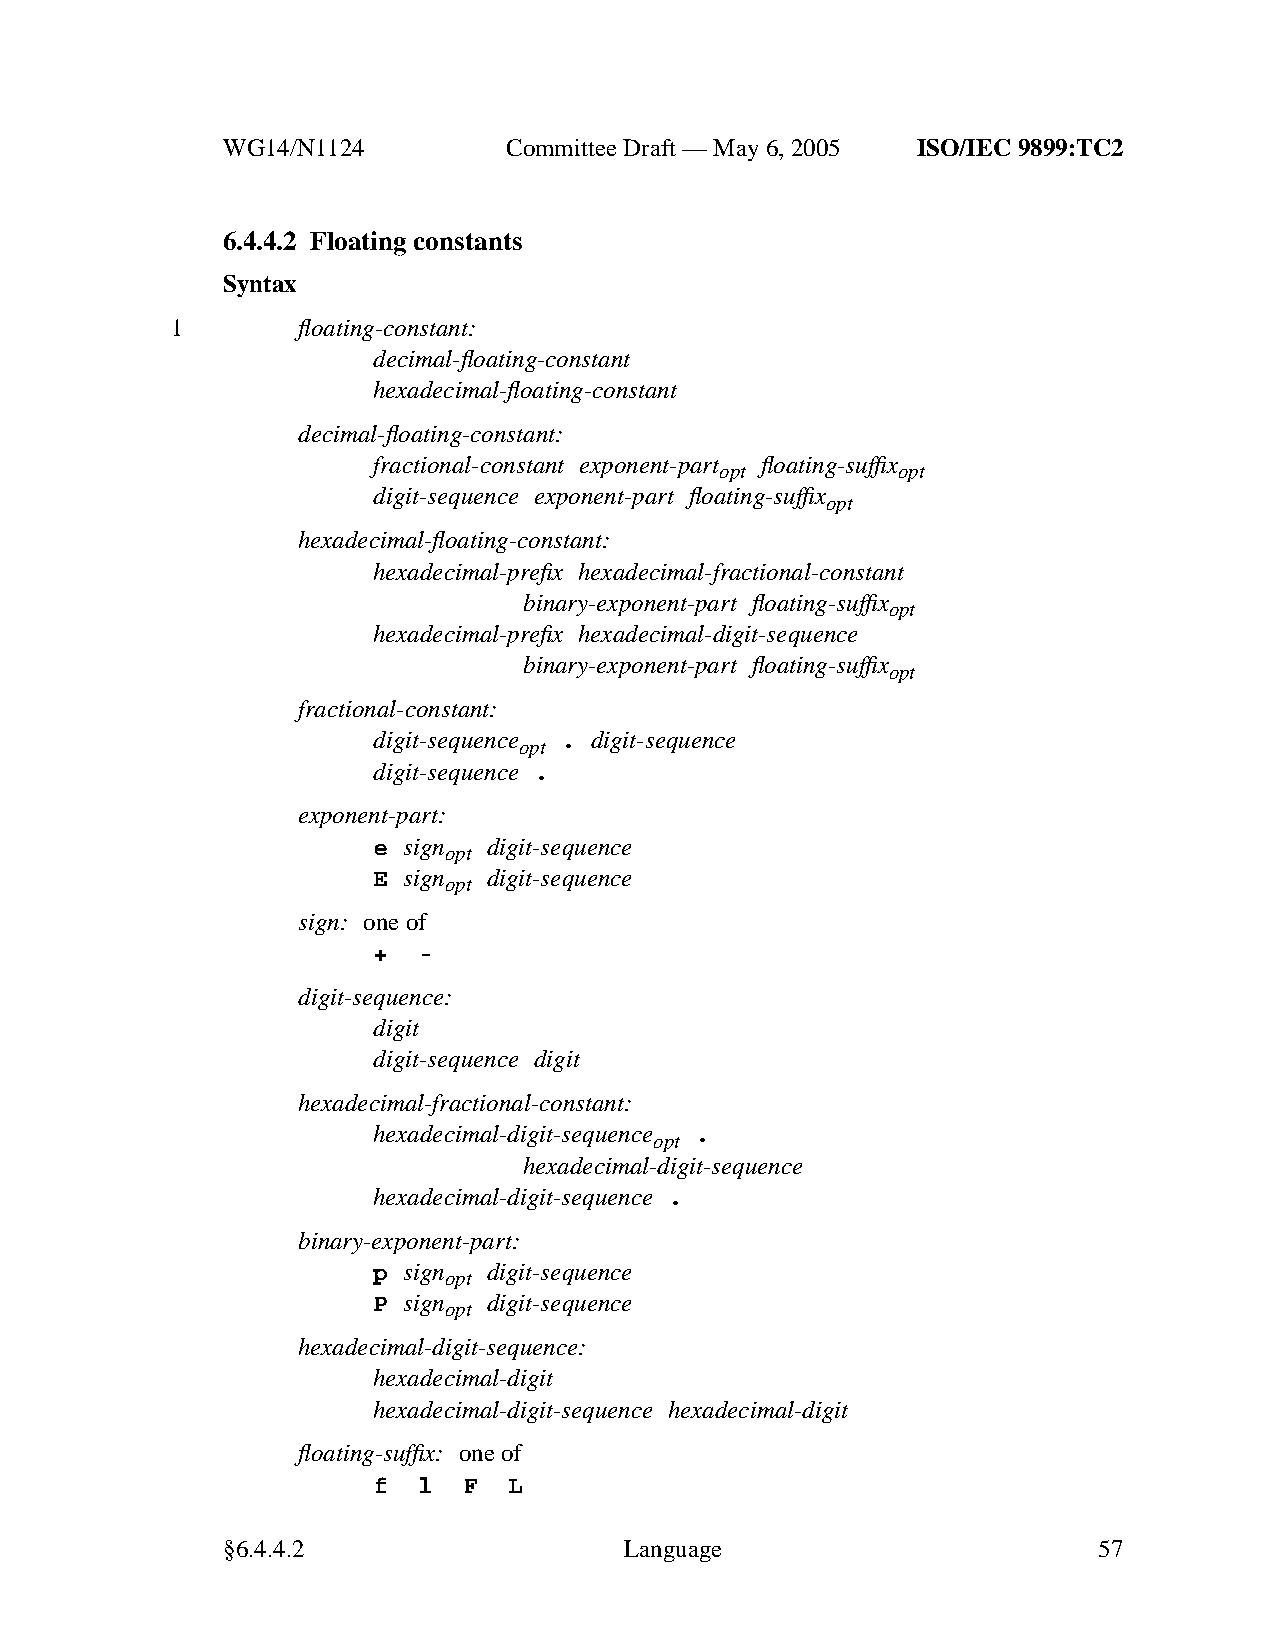
WG14/N1124        CommitteeDraft — May 6, 2005 ISO/IEC 9899:TC2
 6.4.4.2 Floating constants
 Syntax
 1        floating-constant:
 decimal-floating-constant
 hexadecimal-floating-constant
 decimal-floating-constant:
 fractional-constant exponent-part floating-suffix
 opt        opt
 digit-sequence exponent-part floating-suffix
 opt
 hexadecimal-floating-constant:
 hexadecimal-prefix hexadecimal-fractional-constant
 binary-exponent-part floating-suffix
 opt
 hexadecimal-prefix hexadecimal-digit-sequence
 binary-exponent-part floating-suffix
 opt
 fractional-constant:
 digit-sequence . digit-sequence
 opt
 digit-sequence .
 exponent-part:
 e sign digit-sequence
 opt
 E sign digit-sequence
 opt
 sign: one of
 +  -
 digit-sequence:
 digit
 digit-sequence digit
 hexadecimal-fractional-constant:
 hexadecimal-digit-sequence .
 opt
 hexadecimal-digit-sequence
 hexadecimal-digit-sequence .
 binary-exponent-part:
 p sign digit-sequence
 opt
 P sign digit-sequence
 opt
 hexadecimal-digit-sequence:
 hexadecimal-digit
 hexadecimal-digit-sequence hexadecimal-digit
 floating-suffix: one of
 f  l  F  L
 §6.4.4.2                  Language                        57